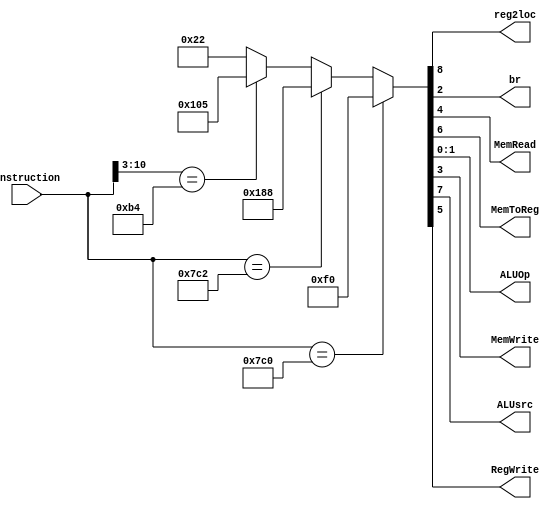
module control(instruction,reg2loc,br,MemRead,MemToReg,ALUOp,MemWrite,ALUsrc,RegWrite);
input [10:0]instruction;
output reg reg2loc;
output reg br;
output reg  MemRead;
output reg  MemToReg;
output  reg [1:0]ALUOp;
output  reg MemWrite;
output reg  ALUsrc;
output  reg RegWrite;






always@(instruction)
begin 
if(instruction==11'b11111000000)
  
    {reg2loc,ALUsrc,MemToReg,RegWrite,MemRead,MemWrite,br,ALUOp}<=9'b011110000;//ldur
  
else if(instruction==11'b11111000010)
  
     {reg2loc,ALUsrc,MemToReg,RegWrite,MemRead,MemWrite,br,ALUOp}<=9'b110001000;//stur
  
else if(instruction[10:3]==11'b10110100)
     
      {reg2loc,ALUsrc,MemToReg,RegWrite,MemRead,MemWrite,br,ALUOp}<=9'b100000101;//cbz
    
else 
  
      {reg2loc,ALUsrc,MemToReg,RegWrite,MemRead,MemWrite,br,ALUOp}<=9'b000100010;//Rtype
 end
endmodule